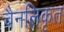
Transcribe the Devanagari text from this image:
चैनलिकृत